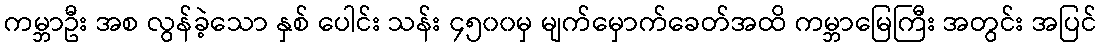
ကမ္ဘာဦး အစ လွန်ခဲ့သော နှစ် ပေါင်း သန်း ၄၅၀၀မှ မျက်မှောက်ခေတ်အထိ ကမ္ဘာမြေကြီး အတွင်း အပြင်